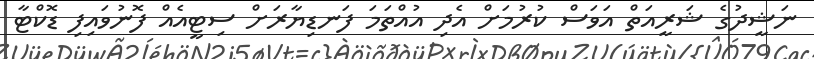
ނަޝީދުގެ ޝަރީއަތް އަވަސް ކުރުމަށް އެދި އުއްތަމަ ފަނޑިޔާރަށް ސިޓީއެއް ފޮނުވައިފި ޑޮކްޓާ